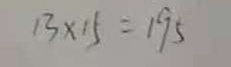
1 3 \times 1 5 = 1 9 5